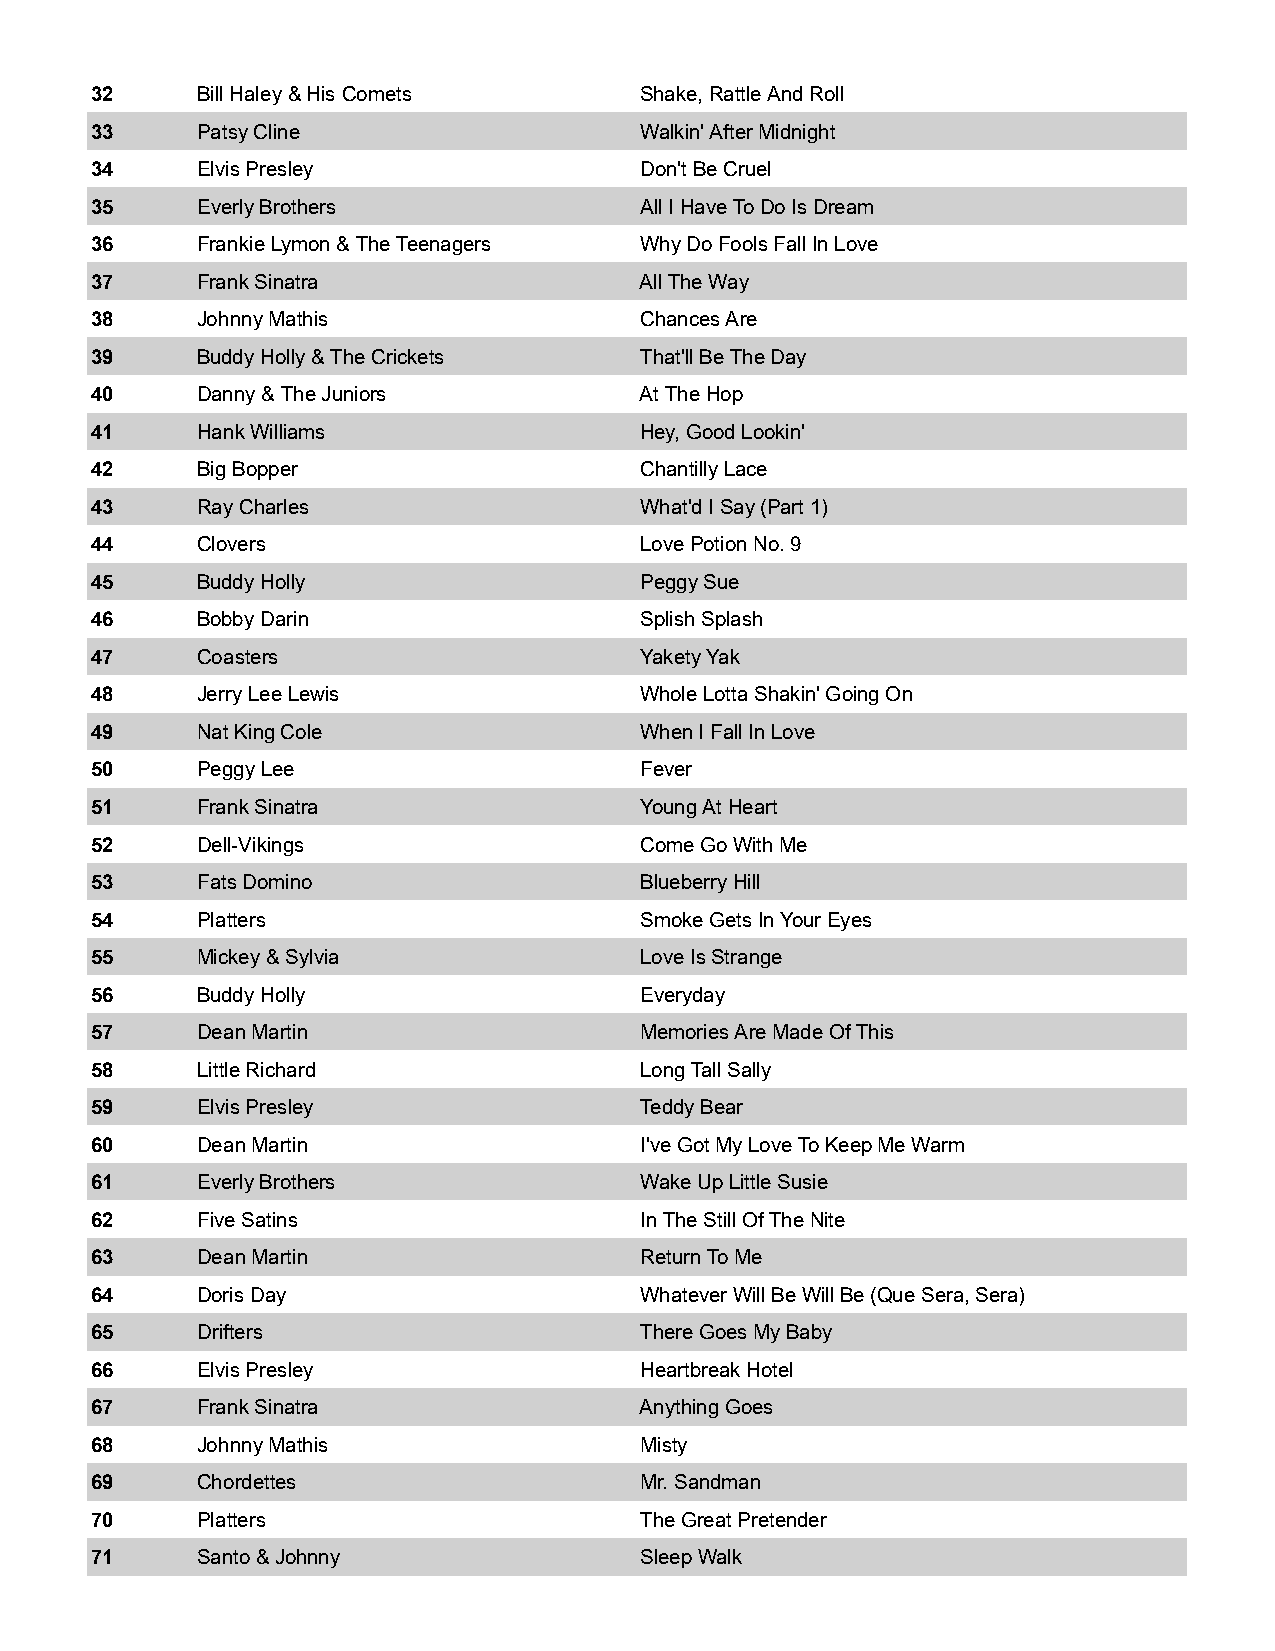
32     Bill Haley & His Comets      Shake, Rattle And Roll
 33     Patsy Cline                  Walkin' After Midnight
 34     Elvis Presley                Don't Be Cruel
 35     Everly Brothers              All I Have To Do Is Dream
 36     Frankie Lymon & The Teenagers Why Do Fools Fall In Love
 37     Frank Sinatra                All The Way
 38     Johnny Mathis                Chances Are
 39     Buddy Holly & The Crickets   That'll Be The Day
 40     Danny & The Juniors          At The Hop
 41     Hank Williams                Hey, Good Lookin'
 42     Big Bopper                   Chantilly Lace
 43     Ray Charles                  What'd I Say (Part 1)
 44     Clovers                      Love Potion No. 9
 45     Buddy Holly                  Peggy Sue
 46     Bobby Darin                  Splish Splash
 47     Coasters                     Yakety Yak
 48     Jerry Lee Lewis              Whole Lotta Shakin' Going On
 49     Nat King Cole                When I Fall In Love
 50     Peggy Lee                    Fever
 51     Frank Sinatra                Young At Heart
 52     Dell-Vikings                 Come Go With Me
 53     Fats Domino                  Blueberry Hill
 54     Platters                     Smoke Gets In Your Eyes
 55     Mickey & Sylvia              Love Is Strange
 56     Buddy Holly                  Everyday
 57     Dean Martin                  Memories Are Made Of This
 58     Little Richard               Long Tall Sally
 59     Elvis Presley                Teddy Bear
 60     Dean Martin                  I've Got My Love To Keep Me Warm
 61     Everly Brothers              Wake Up Little Susie
 62     Five Satins                  In The Still Of The Nite
 63     Dean Martin                  Return To Me
 64     Doris Day                    Whatever Will Be Will Be (Que Sera, Sera)
 65     Drifters                     There Goes My Baby
 66     Elvis Presley                Heartbreak Hotel
 67     Frank Sinatra                Anything Goes
 68     Johnny Mathis                Misty
 69     Chordettes                   Mr. Sandman
 70     Platters                     The Great Pretender
 71     Santo & Johnny               Sleep Walk